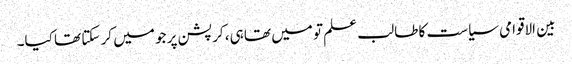
بین الاقوامی سیاست کا طالب علم تو میں تھا ہی، کرپشن پر جو میں کر سکتا تھا کیا۔